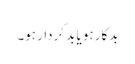
بدکار ہو یا بد کردار ہو۔